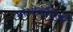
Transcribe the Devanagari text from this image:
माओवादिओं